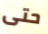
حتى